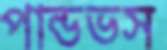
পান্ডভস